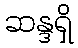
ဆန္ဒရှိ